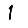
Digit: 1